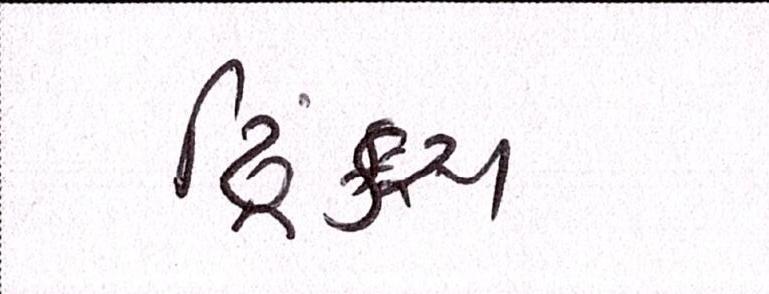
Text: ડ્રિંક્સ